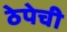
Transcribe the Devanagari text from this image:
ठेपेची